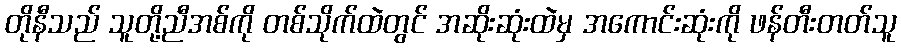
တိုနီသည် သူတို့ညီအစ်ကို တစ်သိုက်ထဲတွင် အဆိုးဆုံးထဲမှ အကောင်းဆုံးကို ဖန်တီးတတ်သူ